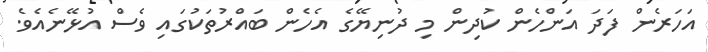
އަހަރެން ފަދަ އަންހެން ކުދިން މި ދުނިޔޭގެ އެހެން ބައްރުތަކުގައި ވެސް އުޅޭނެއެވެ.